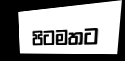
පිටමතට